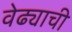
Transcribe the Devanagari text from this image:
वेढ्याची